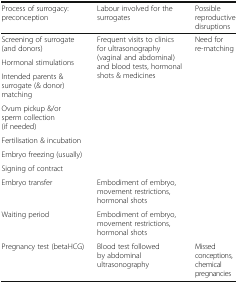
| Process of surrogacy: preconception | Labour involved for the surrogates | Possible reproductive disruptions |
 | --- | --- | --- |
 | Screening of surrogate (and donors) | <ROWSPAN=7> Frequent visits to clinics for ultrasonography (vaginal and abdominal) and blood tests, hormonal shots & medicines | <ROWSPAN=7> Need for re-matching |
 | Hormonal stimulations |
 | Intended parents & surrogate (& donor) matching |
 | Ovum pickup &/or sperm collection (if needed) |
 | Fertilisation & incubation |
 | Embryo freezing (usually) |
 | Signing of contract |
 | Embryo transfer | Embodiment of embryo, movement restrictions, hormonal shots |  |
 | Waiting period | Embodiment of embryo, movement restrictions, hormonal shots |  |
 | Pregnancy test (betaHCG) | Blood test followed by abdominal ultrasonography | Missed conceptions, chemical pregnancies |